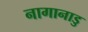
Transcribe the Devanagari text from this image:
नागानाडु